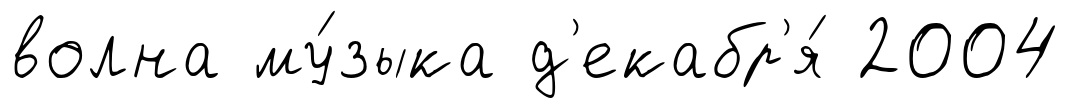
волна му́зыка д'екабр'я́ 2004